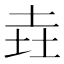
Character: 垚